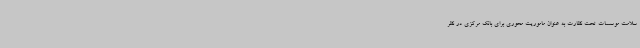
سلامت موسسات تحت نظارت به عنوان ماموریت محوری برای بانک مرکزی در نظر